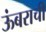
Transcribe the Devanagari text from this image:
ऊंबराची